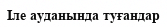
Іле ауданында туғандар